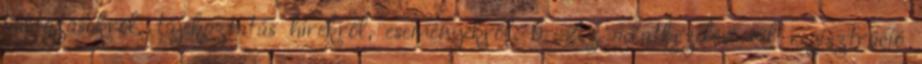
változásokról, tájékoztatás hírekről, eseményekről. 6 Az adatkezelési cél regisztráció